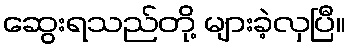
ဆွေးရသည်တို့ များခဲ့လှပြီ။